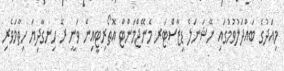
މިއަދުގެ ބައްދަލުވުމުގައި ނޭޝަނަލް ޑިޒާސްޓަރ މެނޭޖްމަންޓް އޮތޯރިޓީއިން ވަނީ ރޭ ހިނގާދިޔަ ހިތާމަވެރި